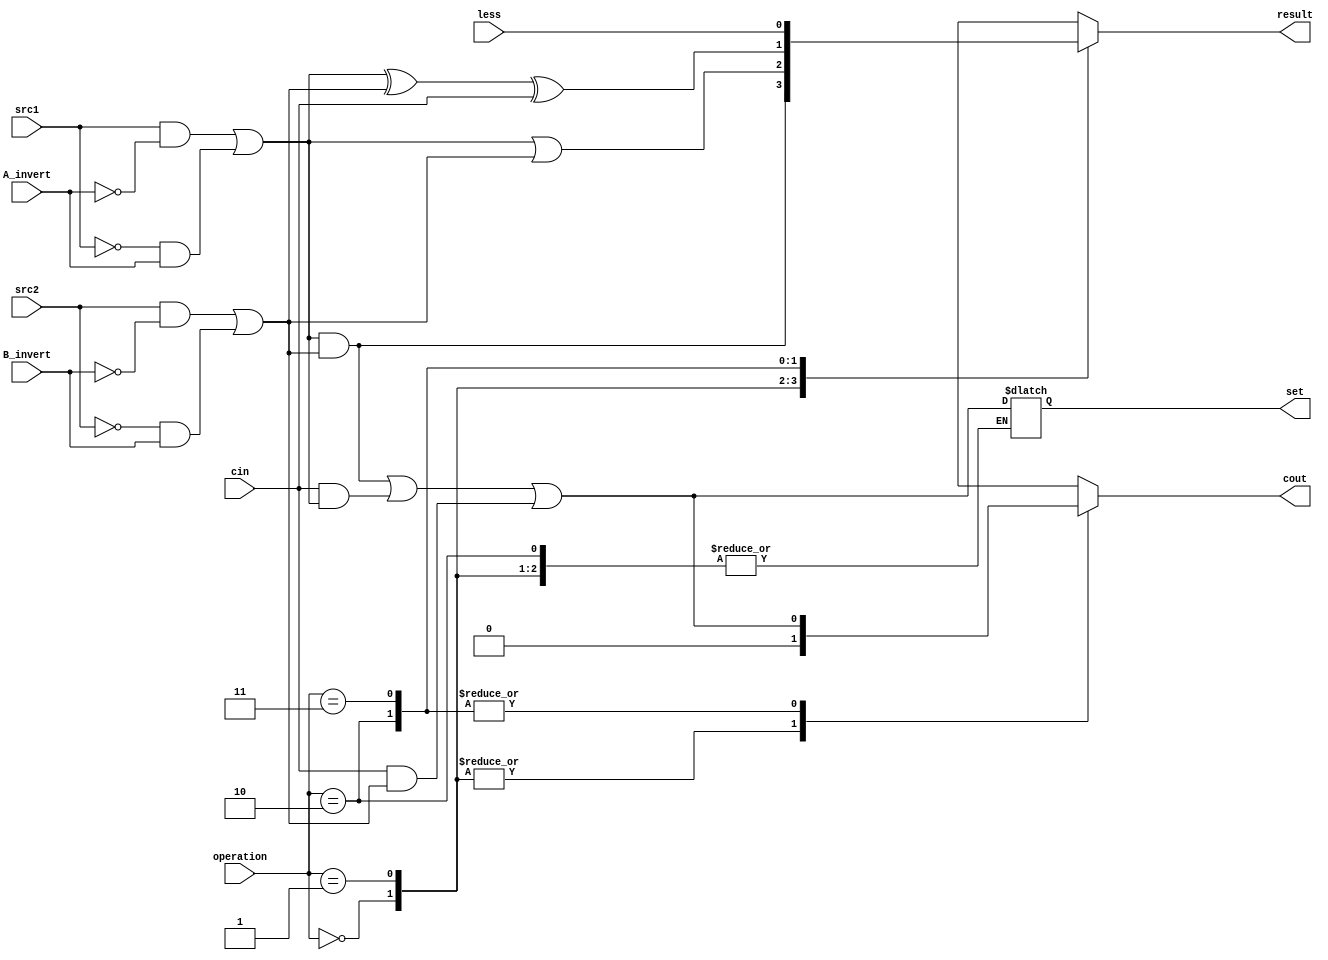
`timescale 1ns / 1ps
//////////////////////////////////////////////////////////////////////////////////
// Company: 
// Engineer: 
// 
// Design Name: 
// Module Name: alu_31
// Project Name: 
// Target Devices: 
// Tool Versions: 
// Description: 
// 
// Dependencies: 
// 
// Revision:
// Revision 0.01 - File Created
// Additional Comments:
// 
//////////////////////////////////////////////////////////////////////////////////


module alu_31(
               src1,       //1 bit source 1 (input)
               src2,       //1 bit source 2 (input)
               less,       //1 bit less     (input)
               A_invert,   //1 bit A_invert (input)
               B_invert,   //1 bit B_invert (input)
               cin,        //1 bit carry in (input)
               operation,  //operation      (input)
               result,     //1 bit result   (output)
			   set,
			   cout
    );
    
    
input         src1;
input         src2;
input         less;
input         A_invert;
input         B_invert;
input         cin;
input [2-1:0] operation;

output        result;
output		  set; //to alu_top0
output		  cout;

reg			  set; 
reg           result;
reg			  cout;
reg   		  a, b;

always@(*)
begin
	a = ((src1) & (~A_invert)) | ((~src1) & (A_invert));
	b = ((src2) & (~B_invert)) | ((~src2) & (B_invert));
	
	case(operation[2-1:0])
	   2'b00: //AND
	   begin
	       result = a & b;
		   cout = 1'b0;
	   end
	   2'b01: //OR
	   begin
	       result = a | b;
		   cout = 1'b0;
	   end
	   2'b10: //ADD
	   begin
	       result =  a ^ b ^ cin;
		   cout = (a & b) | (cin & a) | (cin & b);
	   end
	   2'b11: //SLT
	   begin
	       result = less;
	       set = (a & b) | (cin & a) | (cin & b);
		   cout = (a & b) | (cin & a) | (cin & b);
	   end
    endcase
end
    
endmodule